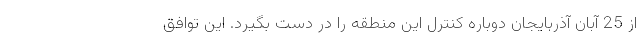
از 25 آبان آذربایجان دوباره کنترل این منطقه را در دست بگیرد. این توافق